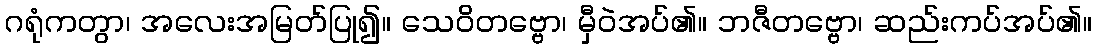
ဂရုံကတွာ၊ အလေးအမြတ်ပြု၍။ သေဝိတဗ္ဗော၊ မှီဝဲအပ်၏။ ဘဇီတဗ္ဗော၊ ဆည်းကပ်အပ်၏။